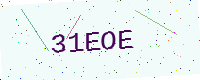
Text: 31EOE